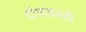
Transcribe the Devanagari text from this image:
दोषांवरही